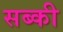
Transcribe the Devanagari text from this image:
सब्की